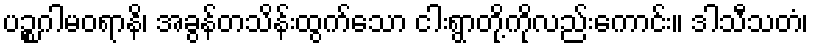
ပဉ္စဂါမဝရာနိ၊ အခွန်တသိန်းထွက်သော ငါးရွာတို့ကိုလည်းကောင်း။ ဒါသီသတံ၊